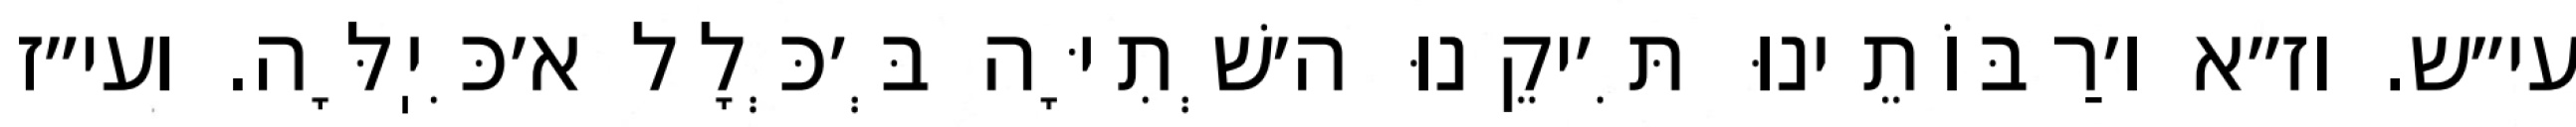
עי״ש. וז״א ו׳רַבּוֹתֵינוּ תִּ׳יקֵנוּ ה׳שְׁתִיָּה בְּ׳כְּלָל א׳כִּיֽלָּה. ועי״ז